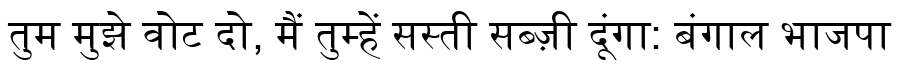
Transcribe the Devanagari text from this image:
तुम मुझे वोट दो, मैं तुम्हें सस्ती सब्ज़ी दूंगा: बंगाल भाजपा